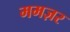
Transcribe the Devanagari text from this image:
ममज़र